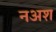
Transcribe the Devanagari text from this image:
नअश